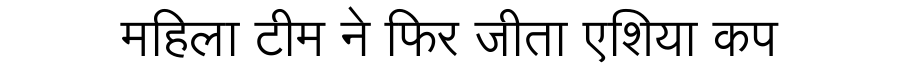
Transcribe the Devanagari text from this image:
महिला टीम ने फिर जीता एशिया कप